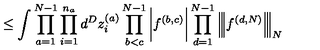
\leq \int \prod _ { a = 1 } ^ { N - 1 } \prod _ { i = 1 } ^ { n _ { a } } d ^ { D } z _ { i } ^ { ( a ) } \prod _ { b < c } ^ { N - 1 } \bigg | f ^ { ( b , c ) } \bigg | \prod _ { d = 1 } ^ { N - 1 } \Big | \! \Big | \! \Big | f ^ { ( d , N ) } \Big | \! \Big | \! \Big | _ { N }